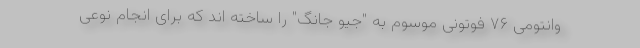
وانتومی ۷۶ فوتونی موسوم به "جیو جانگ" را ساخته اند که برای انجام نوعی